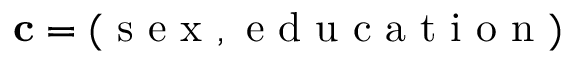
\mathbf { c } = ( \mathrm { ~ s ~ e ~ x ~ , ~ e ~ d ~ u ~ c ~ a ~ t ~ i ~ o ~ n ~ } )